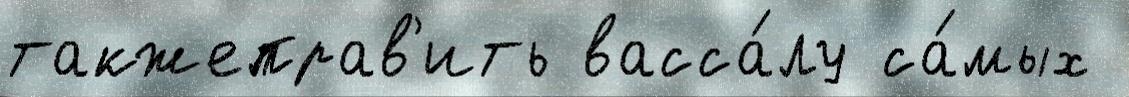
такжеправ'ить васса́лу са́мых